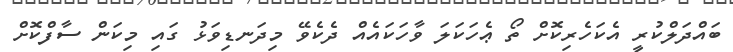
ބައްދަލްކުރީ އެކަހެރިކޮށް ތޯ ޢެހަކަލަ ވާހަކައެއް ދެކެވޭ މިދަނޑިވަޅު ގައި މިކަން ސާފްކޮށް